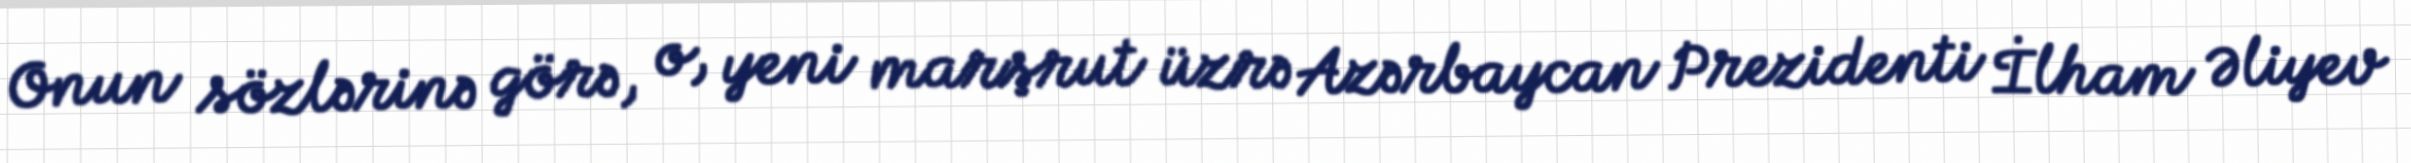
Onun sözlərinə görə, o, yeni marşrut üzrə Azərbaycan Prezidenti İlham Əliyev